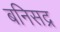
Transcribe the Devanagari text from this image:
बनिसद्र